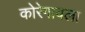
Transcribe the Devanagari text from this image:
कोरेगावला